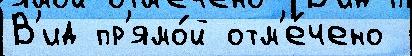
В'ид пр'ямо́й отм'е́чено